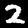
Label: 2